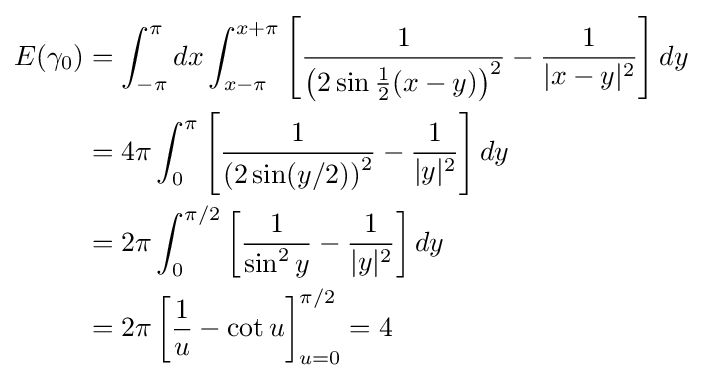
{\begin{aligned}E(\gamma _{0})&=\int _{-\pi }^{\pi }{}dx\int _{x-\pi }^{x+\pi }\left[{1 \over \left(2\sin {\tfrac {1}{2}}(x-y)\right)^{2}}-{1 \over |x-y|^{2}}\right]dy\\&=4\pi \int _{0}^{\pi }\left[{1 \over \left(2\sin(y/2)\right)^{2}}-{1 \over |y|^{2}}\right]dy\\&=2\pi \int _{0}^{\pi /2}\left[{1 \over \sin ^{2}y}-{1 \over |y|^{2}}\right]dy\\&=2\pi \left[{1 \over u}-\cot u\right]_{u=0}^{\pi /2}=4\end{aligned}}